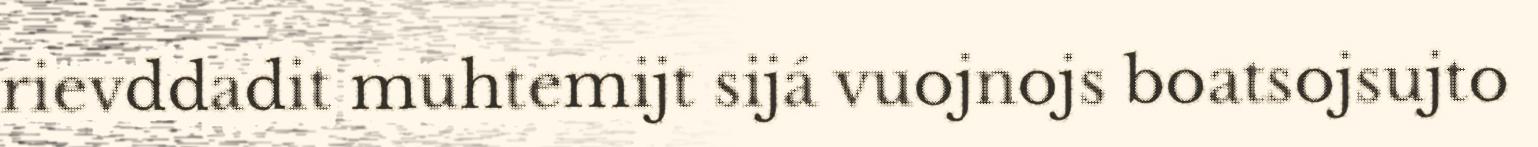
rievddadit muhtemijt sijá vuojnojs boatsojsujto